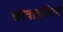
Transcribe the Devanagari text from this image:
छात्रावृत्तियां